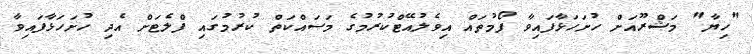
"ހިޔާ" މަޝްރޫއަށް ހުށަހަޅާފައިވާ ފޯމުތައް އިވެލުއޭޓްކުރުމުގެ މަސައްކަތް ކުރުމުގައި ފްލެޓަށް އެދި ހުށަހަޅާފައިވާ